Civil Veterinary Dept. Bombay admin report 1923-31 - 1923-1931
Year: 1923
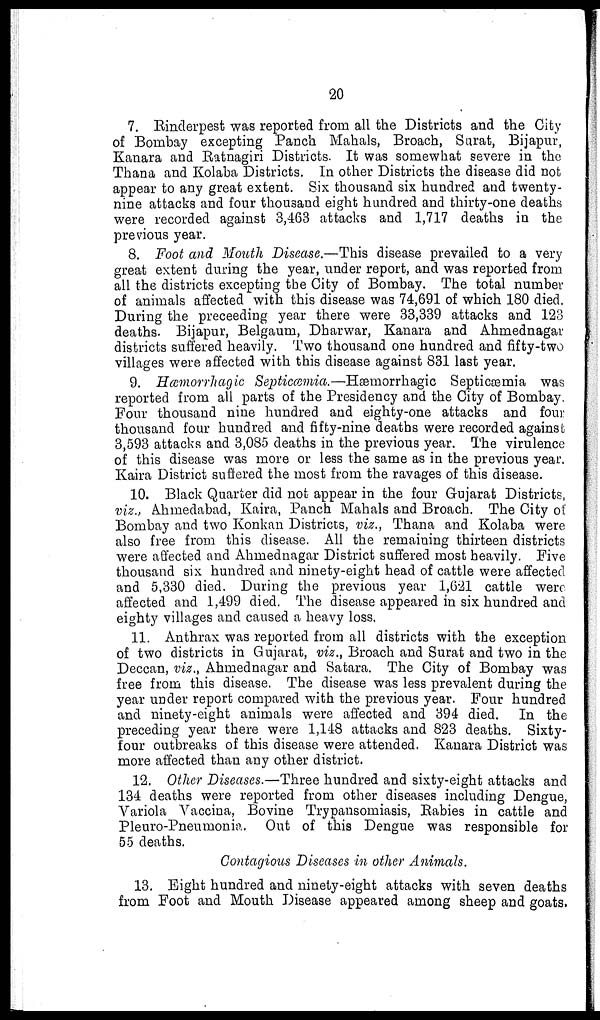
20
7. Rinderpest was reported from all the Districts and the City
of Bombay excepting Panch Mahals, Broach, Surat, Bijapur,
Kanara and Ratnagiri Districts. It was somewhat severe in the
Thana and Kolaba Districts, In other Districts the disease did not
appear to any great extent. Six thousand six hundred and twenty-
nine attacks and four thousand eight hundred and thirty-one deaths
were recorded against 3,463 attacks and 1,717 deaths in the
previous year.
8. Foot and Mouth Disease.—This disease prevailed to a very
great extent during the year, under report, and was reported from
all the districts excepting the City of Bombay. The total number
of animals affected with this disease was 74,691 of which 180 died.
During the preceeding year there were 33,339 attacks and 123
deaths. Bijapur, Belgaum, Dharwar, Kanara and Ahmednagar
districts suffered heavily. Two thousand one hundred and fifty-two
villages were affected with this disease against 831 last year.
9. Hæmorrhagic Septicæmia.—Hæmorrhagic Septicæmia was
reported from all parts of the Presidency and the City of Bombay,
Four thousand nine hundred and eighty-one attacks and four
thousand four hundred and fifty-nine deaths were recorded against
3,593 attacks and 3,085 deaths in the previous year. The virulence
of this disease was more or less the same as in the previous year.
Kaira District suffered the most from the ravages of this disease.
10. Black Quarter did not appear in the four Gujarat Districts,
viz., Ahmedabad, Kaira, Panch Mahals and Broach. The City of
Bombay and two Konkan Districts, viz., Thana and Kolaba were
also free from this disease. All the remaining thirteen districts
were affected and Ahmednagar District suffered most heavily. Five
thousand six hundred and ninety-eight head of cattle were affected
and 5,330 died. During the previous year 1,621 cattle were
affected and 1,499 died. The disease appeared in six hundred and
eighty villages and caused a heavy loss.
11. Anthrax was reported from all districts with the exception
of two districts in Gujarat, viz., Broach and Surat and two in the
Deccan, viz., Ahmednagar and Satara. The City of Bombay was
free from this disease. The disease was less prevalent during the
year under report compared with the previous year. Four hundred
and ninety-eight animals were affected and 394 died. In the
preceding year there were 1,148 attacks and 823 deaths. Sixty-
four outbreaks of this disease were attended. Kanara District was
more affected than any other district.
12. Other Diseases.—Three hundred and sixty-eight attacks and
134 deaths were reported from other diseases including Dengue,
Variola Vaccina, Bovine Trypansomiasis, Rabies in cattle and
Pleuro-Pneumonia. Out of this Dengue was responsible for
55 deaths.
Contagious Diseases in other Animals.
13. Eight hundred and ninety-eight attacks with seven deaths
from Foot and Mouth Disease appeared among sheep and goats.